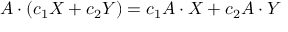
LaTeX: A \cdot ( c _ { 1 } X + c _ { 2 } Y ) = c _ { 1 } A \cdot X + c _ { 2 } A \cdot Y